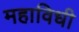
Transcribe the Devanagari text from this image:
महाविधी